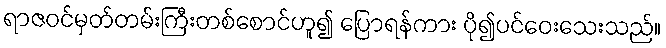
ရာဇဝင်မှတ်တမ်းကြီးတစ်စောင်ဟူ၍ ပြောရန်ကား ပို၍ပင်ဝေးသေးသည်။